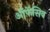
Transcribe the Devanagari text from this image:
ऑफ़ेंसिव